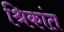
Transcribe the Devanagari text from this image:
श्रिकांत